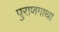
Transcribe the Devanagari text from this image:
पुराणगाथा